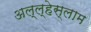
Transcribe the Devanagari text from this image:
अल्ल्हेस्लाम